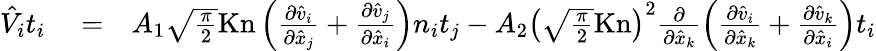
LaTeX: \begin{array}{rlr}{\hat{V}_{i}t_{i}}&{{}=}&{A_{1}\sqrt{\frac{\pi}{2}}\mathrm{Kn}\left(\frac{\partial\hat{v}_{i}}{\partial\hat{x}_{j}}+\frac{\partial\hat{v}_{j}}{\partial\hat{x}_{i}}\right)n_{i}t_{j}-A_{2}\left(\sqrt{\frac{\pi}{2}}\mathrm{Kn}\right)^{2}\frac{\partial}{\partial\hat{x}_{k}}\left(\frac{\partial\hat{v}_{i}}{\partial\hat{x}_{k}}+\frac{\partial\hat{v}_{k}}{\partial\hat{x}_{i}}\right)t_{i}}\end{array}